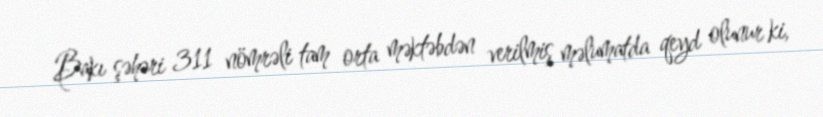
Bakı şəhəri 311 nömrəli tam orta məktəbdən verilmiş məlumatda qeyd olunur ki,